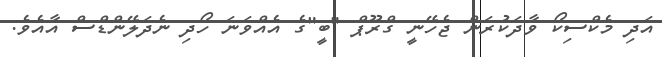
އަދި މެކްސިކޯ ވާދަކުރަން ޖެހޭނީ ގްރޫޕް "ބީ"ގެ އެއްވަނަ ހޯދި ނެދަލޭންޑްސް އާއެވެ.